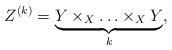
LaTeX: \begin{align*}Z^{(k)}=\underbrace{Y \times_X \ldots\times_X Y }_{k},\end{align*}